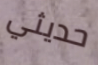
حديثي